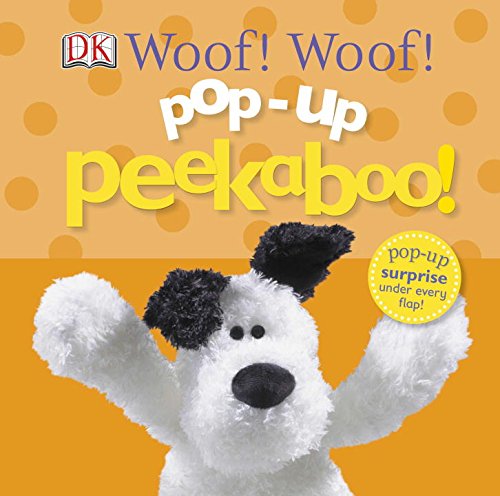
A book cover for Pop-up Peekaboo: Woof! Woof!; DK Publishing; Children's Books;